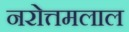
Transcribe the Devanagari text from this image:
नरोत्तमलाल